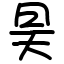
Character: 昊